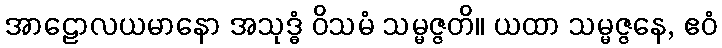
အာဠောလယမာနော အသုဒ္ဓံ ဝိသမံ သမ္မဇ္ဇတိ။ ယထာ သမ္မဇ္ဇနေ, ဧဝံ